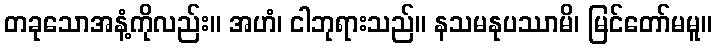
တခုသောအနံ့ကိုလည်း။ အဟံ၊ ငါဘုရားသည်။ နသမနုပဿာမိ၊ မြင်တော်မမူ။